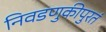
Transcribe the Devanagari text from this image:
निवडणुकीपुरतं